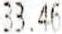
33.46